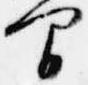
間